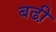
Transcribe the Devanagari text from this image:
बढी़